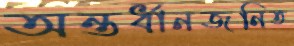
অন্তর্ধানজনিত